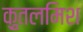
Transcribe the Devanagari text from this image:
क़ुतलमिश